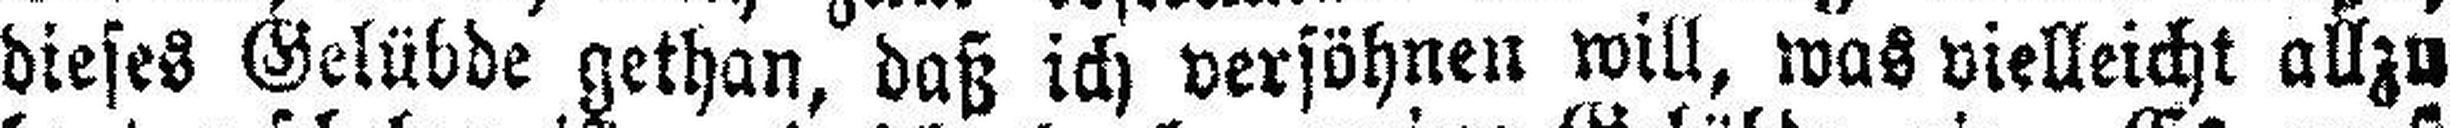
dieses Gelübde gethan, daß ich versöhnen will, was vielleicht allzu